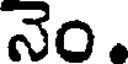
నెం.